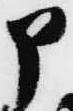
申